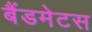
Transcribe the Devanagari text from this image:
बैंडमेटस